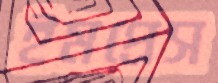
ইমপ্রেস